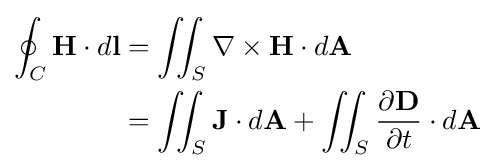
{\begin{aligned}\oint _{C}\mathbf {H} \cdot d\mathbf {l} &=\iint _{S}\nabla \times \mathbf {H} \cdot d\mathbf {A} \\&=\iint _{S}\mathbf {J} \cdot d\mathbf {A} +\iint _{S}{\frac {\partial \mathbf {D} }{\partial t}}\cdot d\mathbf {A} \end{aligned}}